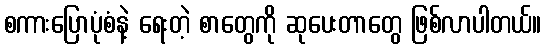
စကားပြောပုံစံနဲ့ ရေးတဲ့ စာတွေကို ဆုပေးတာတွေ ဖြစ်လာပါတယ်။